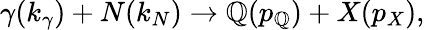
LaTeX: \gamma(k_{\gamma})+N(k_{N})\rightarrow\mathbb{Q}(p_{\mathbb{Q}})+X(p_{X}),